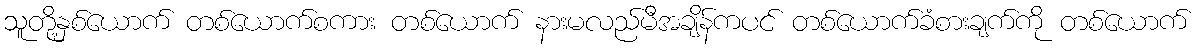
သူတို့နှစ်ယောက် တစ်ယောက်စကား တစ်ယောက် နားမလည်မီအချိန်ကပင် တစ်ယောက်ခံစားချက်ကို တစ်ယောက်